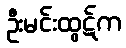
ဦးမင်းထွဋ်က